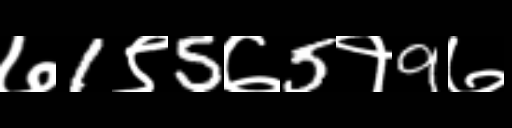
Text: ७1९5७5१9७